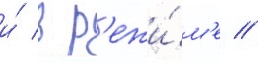
и́ в р'ежи́м'е //